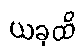
ယခုထိ